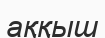
аққыш